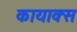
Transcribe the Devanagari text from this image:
कायाक्स